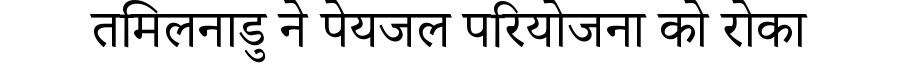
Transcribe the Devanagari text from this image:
तमिलनाडु ने पेयजल परियोजना को रोका